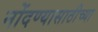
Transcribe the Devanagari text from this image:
नोंदण्यासाठीच्या